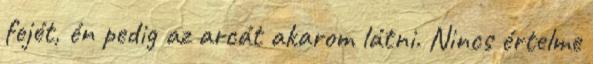
fejét, én pedig az arcát akarom látni. Nincs értelme